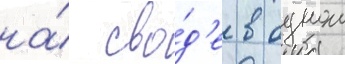
на́ сво́д'е в однои